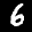
Label: 6